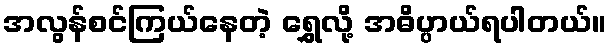
အလွန်စင်ကြယ်နေတဲ့ ရွှေလို့ အဓိပ္ပာယ်ရပါတယ်။